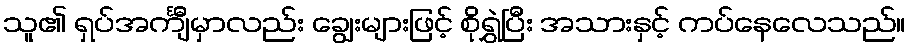
သူ၏ ရှပ်အင်္ကျီမှာလည်း ချွေးများဖြင့် စိုရွှဲပြီး အသားနှင့် ကပ်နေလေသည်။